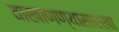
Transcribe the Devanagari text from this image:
वाखाणण्यासारखा